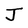
Character: J